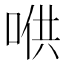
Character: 𱓋